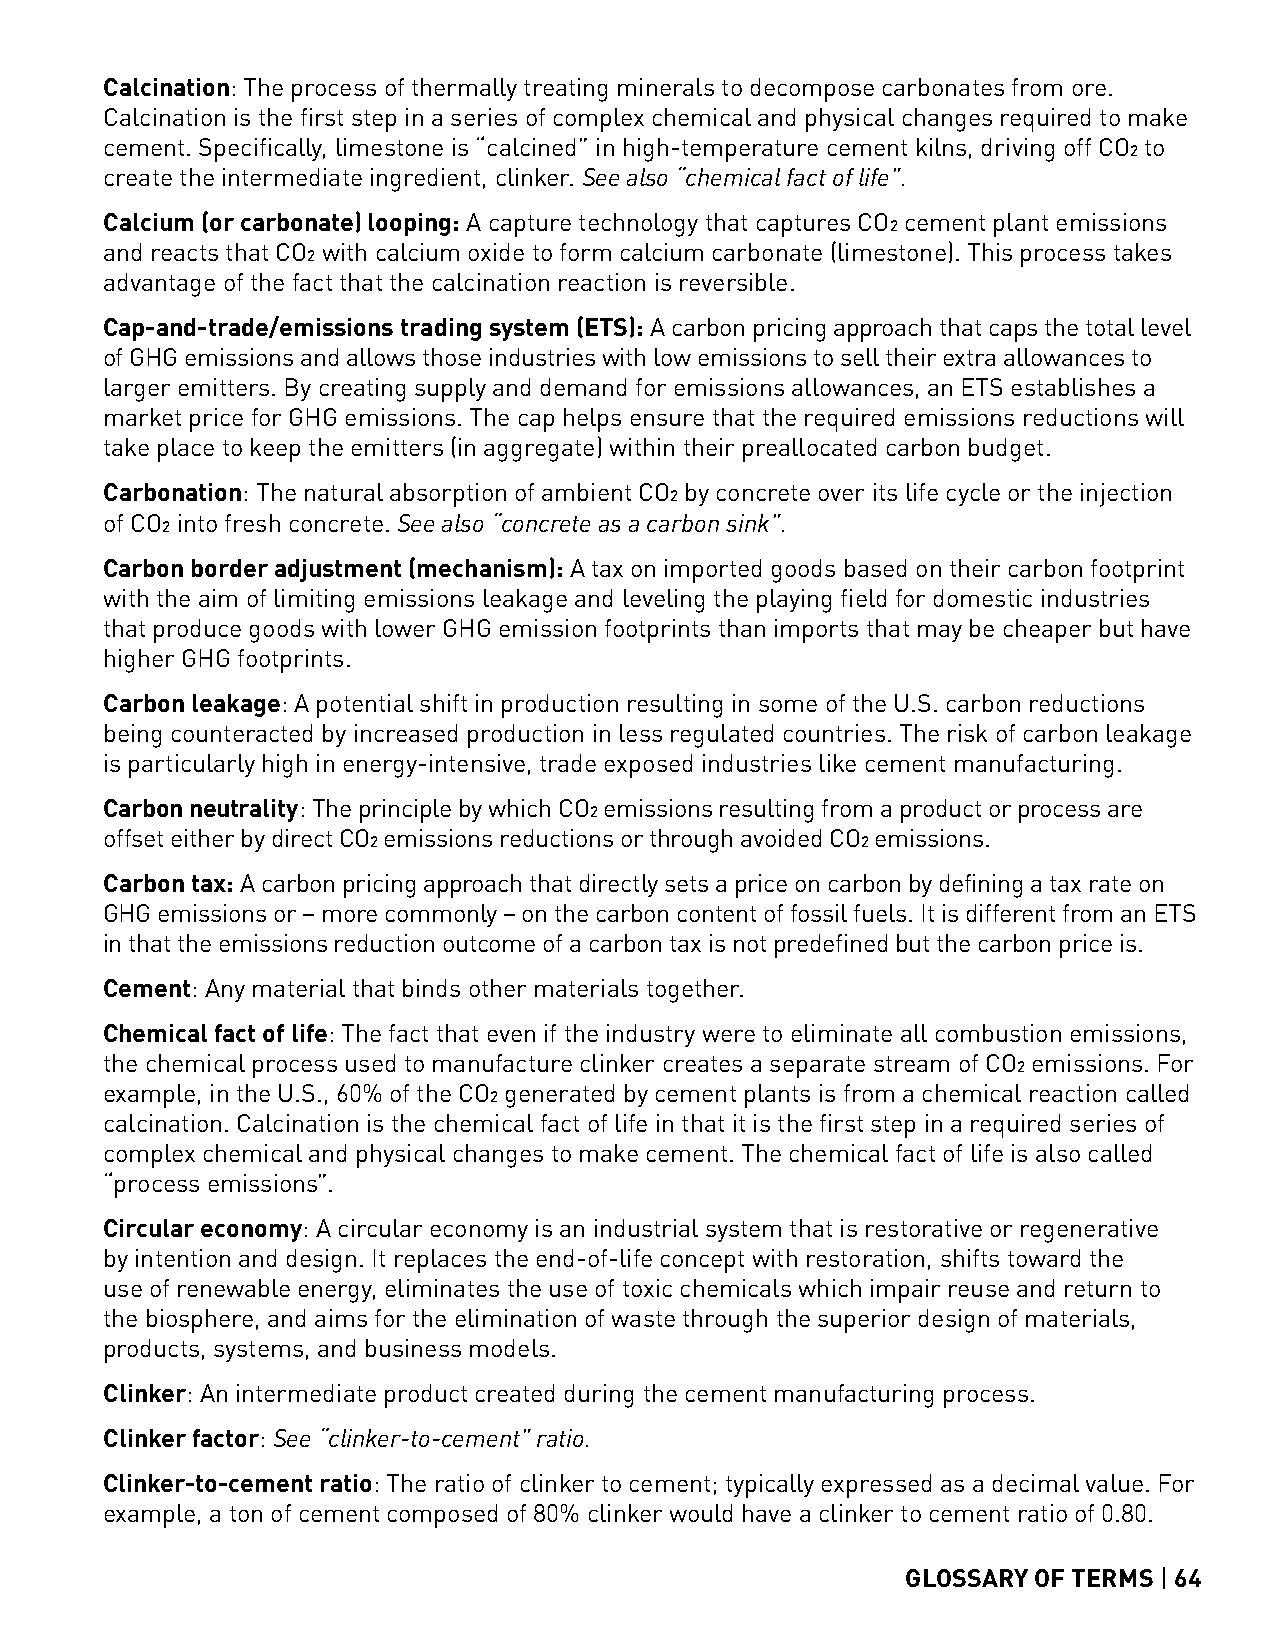
Calcination: The process of thermally treating minerals to decompose carbonates from ore.
 Calcination is the first step in a series of complex chemical and physical changes required to make
 cement. Specifically, limestone is “calcined” in high-temperature cement kilns, driving off CO2 to
 create the intermediate ingredient, clinker. See also “chemical fact of life”.
 Calcium (or carbonate) looping: A capture technology that captures CO2 cement plant emissions
 and reacts that CO2 with calcium oxide to form calcium carbonate (limestone). This process takes
 advantage of the fact that the calcination reaction is reversible.
 Cap-and-trade/emissions trading system (ETS): A carbon pricing approach that caps the total level
 of GHG emissions and allows those industries with low emissions to sell their extra allowances to
 larger emitters. By creating supply and demand for emissions allowances, an ETS establishes a
 market price for GHG emissions. The cap helps ensure that the required emissions reductions will
 take place to keep the emitters (in aggregate) within their preallocated carbon budget.
 Carbonation: The natural absorption of ambient CO2 by concrete over its life cycle or the injection
 of CO2 into fresh concrete. See also “concrete as a carbon sink”.
 Carbon border adjustment (mechanism): A tax on imported goods based on their carbon footprint
 with the aim of limiting emissions leakage and leveling the playing field for domestic industries
 that produce goods with lower GHG emission footprints than imports that may be cheaper but have
 higher GHG footprints.
 Carbon leakage: A potential shift in production resulting in some of the U.S. carbon reductions
 being counteracted by increased production in less regulated countries. The risk of carbon leakage
 is particularly high in energy-intensive, trade exposed industries like cement manufacturing.
 Carbon neutrality: The principle by which CO2 emissions resulting from a product or process are
 offset either by direct CO2 emissions reductions or through avoided CO2 emissions.
 Carbon tax: A carbon pricing approach that directly sets a price on carbon by defining a tax rate on
 GHG emissions or – more commonly – on the carbon content of fossil fuels. It is different from an ETS
 in that the emissions reduction outcome of a carbon tax is not predefined but the carbon price is.
 Cement: Any material that binds other materials together.
 Chemical fact of life: The fact that even if the industry were to eliminate all combustion emissions,
 the chemical process used to manufacture clinker creates a separate stream of CO2 emissions. For
 example, in the U.S., 60% of the CO2 generated by cement plants is from a chemical reaction called
 calcination. Calcination is the chemical fact of life in that it is the first step in a required series of
 complex chemical and physical changes to make cement. The chemical fact of life is also called
 “process emissions”.
 Circular economy: A circular economy is an industrial system that is restorative or regenerative
 by intention and design. It replaces the end-of-life concept with restoration, shifts toward the
 use of renewable energy, eliminates the use of toxic chemicals which impair reuse and return to
 the biosphere, and aims for the elimination of waste through the superior design of materials,
 products, systems, and business models.
 Clinker: An intermediate product created during the cement manufacturing process.
 Clinker factor: See “clinker-to-cement” ratio.
 Clinker-to-cement ratio: The ratio of clinker to cement; typically expressed as a decimal value. For
 example, a ton of cement composed of 80% clinker would have a clinker to cement ratio of 0.80.
 GLOSSARY OF TERMS | 64